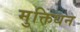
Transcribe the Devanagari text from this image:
मुक्तिधन